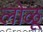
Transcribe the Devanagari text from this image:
लोळू